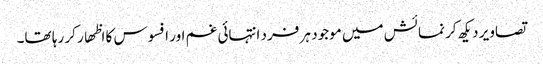
تصاویر دیکھ کر نمائش میں موجود ہر فرد انتہائی غم اور افسوس کا اظھار کر رہا تھا۔